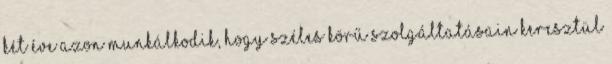
két éve azon munkálkodik, hogy széles körű szolgáltatásain keresztül